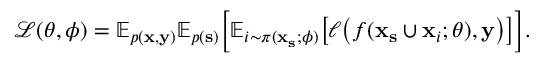
\mathcal { L } ( \theta , \phi ) = \mathbb { E } _ { p ( { \mathbf { x } } , { \mathbf { y } } ) } \mathbb { E } _ { p ( { \mathbf { s } } ) } \Big [ \mathbb { E } _ { i \sim \pi ( { \mathbf { x } } _ { \mathbf { s } } ; \phi ) } \big [ \ell \big ( f ( { \mathbf { x } } _ { { \mathbf { s } } } \cup { \mathbf { x } } _ { i } ; \theta ) , { \mathbf { y } } \big ) \big ] \Big ] .